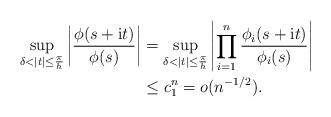
LaTeX: \begin{align*} \sup_{\delta < |t| \leq \frac{\pi}{h}} \left \lvert \frac{\phi(s + \mathrm{i} t)}{\phi(s)} \right \rvert &= \sup_{\delta < |t| \leq \frac{\pi}{h}} \left \lvert \prod_{i = 1}^n \frac{\phi_i(s + \mathrm{i} t)}{\phi_i(s)} \right \rvert \\ &\leq c_1^n = o(n^{-1/2}). \end{align*}